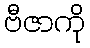
ဗီဇာကို